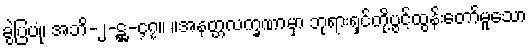
ခွဲပြပုံ၊ အဘိ-၂-ဋ္ဌ-၄၇။ ။အနတ္တလက္ခဏာမှာ ဘုရားရှင်တို့ပွင့်ထွန်းတော်မူသော